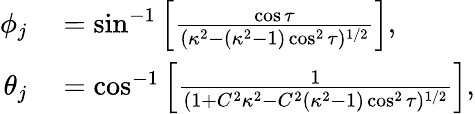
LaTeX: \begin{array}{rl}{\phi_{j}}&{{}=\sin^{-1}\Big[\frac{\cos\tau}{(\kappa^{2}-(\kappa^{2}-1)\cos^{2}\tau)^{1/2}}\Big],}\\ {\theta_{j}}&{{}=\cos^{-1}\Big[\frac{1}{(1+C^{2}\kappa^{2}-C^{2}(\kappa^{2}-1)\cos^{2}\tau)^{1/2}}\Big],}\end{array}